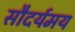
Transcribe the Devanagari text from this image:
सौदर्यमय